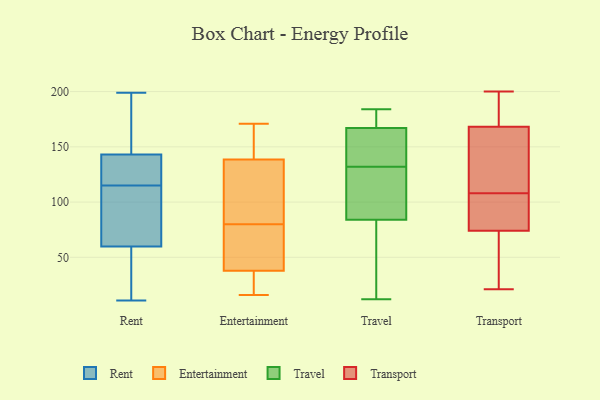
{"axis": {"x": "Population (Million)", "y": "Value"}, "legend": ["Entertainment", "Rent", "Transport", "Travel"], "data": [{"x": "", "y": 134, "type": "Rent"}, {"x": "", "y": 119, "type": "Rent"}, {"x": "", "y": 34, "type": "Rent"}, {"x": "", "y": 160, "type": "Rent"}, {"x": "", "y": 51, "type": "Rent"}, {"x": "", "y": 131, "type": "Rent"}, {"x": "", "y": 196, "type": "Rent"}, {"x": "", "y": 74, "type": "Rent"}, {"x": "", "y": 111, "type": "Rent"}, {"x": "", "y": 199, "type": "Rent"}, {"x": "", "y": 55, "type": "Rent"}, {"x": "", "y": 115, "type": "Rent"}, {"x": "", "y": 191, "type": "Rent"}, {"x": "", "y": 11, "type": "Rent"}, {"x": "", "y": 82, "type": "Rent"}, {"x": "", "y": 120, "type": "Rent"}, {"x": "", "y": 30, "type": "Rent"}, {"x": "", "y": 146, "type": "Rent"}, {"x": "", "y": 112, "type": "Rent"}, {"x": "", "y": 26, "type": "Entertainment"}, {"x": "", "y": 71, "type": "Entertainment"}, {"x": "", "y": 23, "type": "Entertainment"}, {"x": "", "y": 49, "type": "Entertainment"}, {"x": "", "y": 26, "type": "Entertainment"}, {"x": "", "y": 69, "type": "Entertainment"}, {"x": "", "y": 59, "type": "Entertainment"}, {"x": "", "y": 80, "type": "Entertainment"}, {"x": "", "y": 141, "type": "Entertainment"}, {"x": "", "y": 16, "type": "Entertainment"}, {"x": "", "y": 146, "type": "Entertainment"}, {"x": "", "y": 34, "type": "Entertainment"}, {"x": "", "y": 109, "type": "Entertainment"}, {"x": "", "y": 169, "type": "Entertainment"}, {"x": "", "y": 121, "type": "Entertainment"}, {"x": "", "y": 131, "type": "Entertainment"}, {"x": "", "y": 171, "type": "Entertainment"}, {"x": "", "y": 118, "type": "Entertainment"}, {"x": "", "y": 144, "type": "Entertainment"}, {"x": "", "y": 167, "type": "Travel"}, {"x": "", "y": 68, "type": "Travel"}, {"x": "", "y": 170, "type": "Travel"}, {"x": "", "y": 87, "type": "Travel"}, {"x": "", "y": 138, "type": "Travel"}, {"x": "", "y": 100, "type": "Travel"}, {"x": "", "y": 108, "type": "Travel"}, {"x": "", "y": 158, "type": "Travel"}, {"x": "", "y": 24, "type": "Travel"}, {"x": "", "y": 84, "type": "Travel"}, {"x": "", "y": 136, "type": "Travel"}, {"x": "", "y": 51, "type": "Travel"}, {"x": "", "y": 184, "type": "Travel"}, {"x": "", "y": 12, "type": "Travel"}, {"x": "", "y": 180, "type": "Travel"}, {"x": "", "y": 169, "type": "Travel"}, {"x": "", "y": 138, "type": "Travel"}, {"x": "", "y": 128, "type": "Travel"}, {"x": "", "y": 59, "type": "Transport"}, {"x": "", "y": 80, "type": "Transport"}, {"x": "", "y": 91, "type": "Transport"}, {"x": "", "y": 200, "type": "Transport"}, {"x": "", "y": 200, "type": "Transport"}, {"x": "", "y": 91, "type": "Transport"}, {"x": "", "y": 21, "type": "Transport"}, {"x": "", "y": 29, "type": "Transport"}, {"x": "", "y": 72, "type": "Transport"}, {"x": "", "y": 154, "type": "Transport"}, {"x": "", "y": 108, "type": "Transport"}, {"x": "", "y": 182, "type": "Transport"}, {"x": "", "y": 84, "type": "Transport"}, {"x": "", "y": 70, "type": "Transport"}, {"x": "", "y": 197, "type": "Transport"}, {"x": "", "y": 108, "type": "Transport"}, {"x": "", "y": 127, "type": "Transport"}, {"x": "", "y": 163, "type": "Transport"}, {"x": "", "y": 170, "type": "Transport"}]}